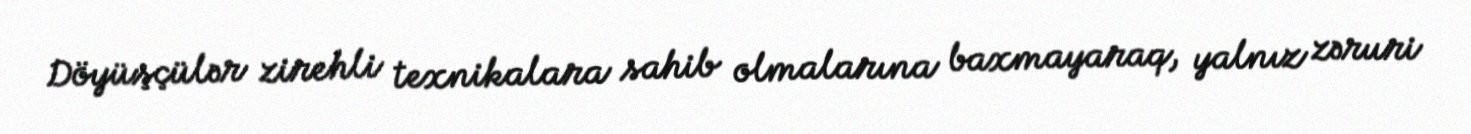
Döyüşçülər zirehli texnikalara sahib olmalarına baxmayaraq, yalnız zəruri